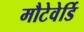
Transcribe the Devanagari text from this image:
मौटेवेर्डि